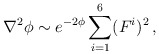
\begin{align*}\nabla^{2}\phi \sim e^{-2\phi}\sum_{i=1}^{6}(F^{i})^{2}\, ,\end{align*}